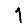
Digit: 1